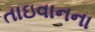
તાઇવાનના